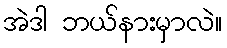
အဲဒါ ဘယ်နားမှာလဲ။